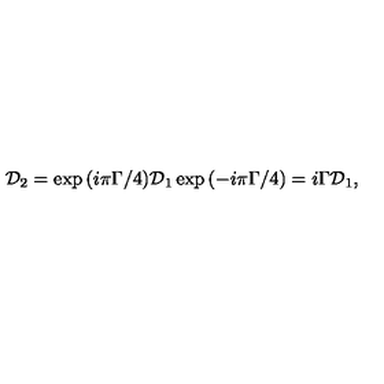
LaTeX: { \cal D } _ { 2 } = \exp { ( i \pi \Gamma / 4 ) } { \cal D } _ { 1 } \exp { ( - i \pi \Gamma / 4 ) } = i { \Gamma } { \cal D } _ { 1 } ,